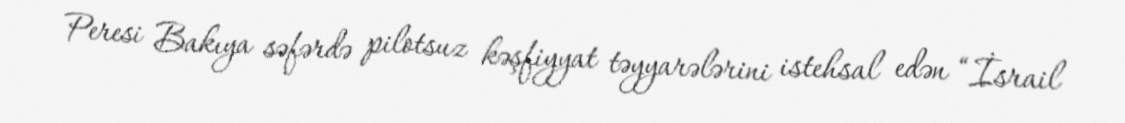
Peresi Bakıya səfərdə pilotsuz kəşfiyyat təyyarələrini istehsal edən “İsrail